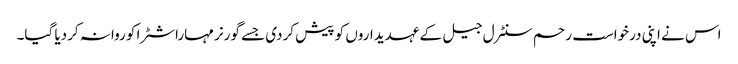
اس نے اپنی درخواست رحم سنٹرل جیل کے عہدیداروں کو پیش کردی جسے گورنر مہاراشٹرا کو روانہ کردیا گیا۔